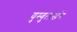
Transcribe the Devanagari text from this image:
युम्बुलखंग